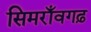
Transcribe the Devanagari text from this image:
सिमराँवगढ़